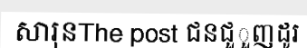
សារុនThe post ជនជួួញដូរ